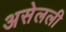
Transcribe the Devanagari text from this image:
असेलली